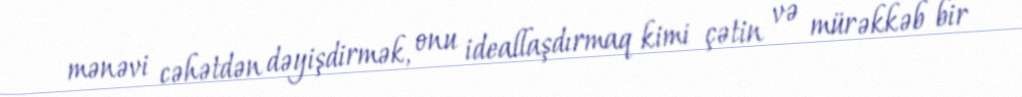
mənəvi cəhətdən dəyişdirmək, onu ideallaşdırmaq kimi çətin və mürəkkəb bir